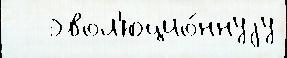
   эвол'юцио́ннуjу